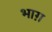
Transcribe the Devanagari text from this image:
भाग़